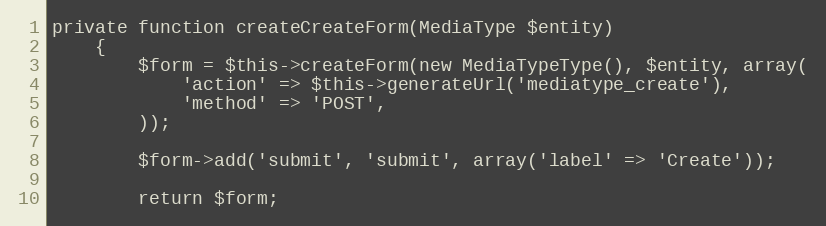
Language: PHP
private function createCreateForm(MediaType $entity)
    {
        $form = $this->createForm(new MediaTypeType(), $entity, array(
            'action' => $this->generateUrl('mediatype_create'),
            'method' => 'POST',
        ));

        $form->add('submit', 'submit', array('label' => 'Create'));

        return $form;